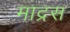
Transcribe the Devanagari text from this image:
माद्रस